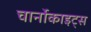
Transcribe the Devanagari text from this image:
चार्नोकाइट्स